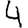
Digit: 4